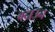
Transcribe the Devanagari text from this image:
बदाउन